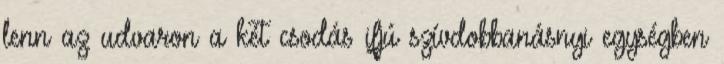
lenn az udvaron a két csodás ifjú szívdobbanásnyi egységben